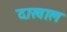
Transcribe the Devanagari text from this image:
दाखाल